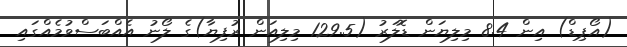
(އޯޕިޑް) އިން 8.4 މިލިޔަން ޑޮލަރު (129.5 މިލިއަން ރުފިޔާ)ގެ ލޯނު އެއްބަސްވުމެއްގައި